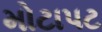
મોટાપટ